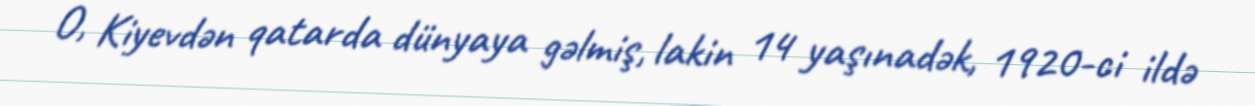
O, Kiyevdən qatarda dünyaya gəlmiş, lakin 14 yaşınadək, 1920-ci ildə